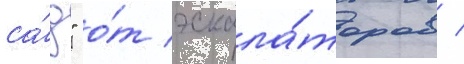
са́д" о́т эскала́торов /